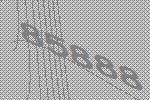
85888